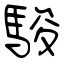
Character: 駿